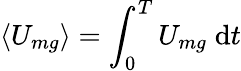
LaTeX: \left<U_{mg}\right>=\int_{0}^{T}U_{mg}\; \mathrm{d}t